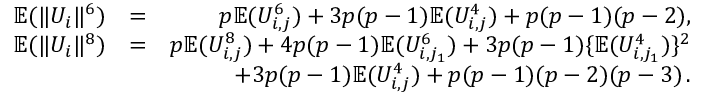
\begin{array} { r l r } { { \mathbb { E } } ( \| U _ { i } \| ^ { 6 } ) } & { = } & { p { \mathbb { E } } ( U _ { i , j } ^ { 6 } ) + 3 p ( p - 1 ) { \mathbb { E } } ( U _ { i , j } ^ { 4 } ) + p ( p - 1 ) ( p - 2 ) , } \\ { { \mathbb { E } } ( \| U _ { i } \| ^ { 8 } ) } & { = } & { p { \mathbb { E } } ( U _ { i , j } ^ { 8 } ) + 4 p ( p - 1 ) { \mathbb { E } } ( U _ { i , j _ { 1 } } ^ { 6 } ) + 3 p ( p - 1 ) \{ { \mathbb { E } } ( U _ { i , j _ { 1 } } ^ { 4 } ) \} ^ { 2 } } \\ & { } & { + 3 p ( p - 1 ) { \mathbb { E } } ( U _ { i , j } ^ { 4 } ) + p ( p - 1 ) ( p - 2 ) ( p - 3 ) \, . } \end{array}